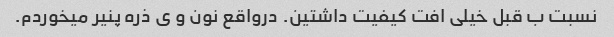
نسبت ب قبل خیلی افت کیفیت داشتین. درواقع نون و ی ذره پنیر میخوردم.